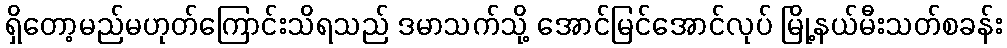
ရှိတော့မည်မဟုတ်ကြောင်းသိရသည် ဒမာသက်သို့ အောင်မြင်အောင်လုပ် မြို့နယ်မီးသတ်စခန်း